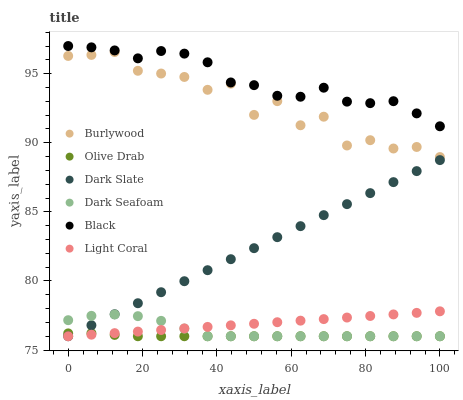
| xaxis_label | Burlywood | Olive Drab | Dark Slate | Dark Seafoam | Black | Light Coral |
 | --- | --- | --- | --- | --- | --- | --- |
 | 0 | 96.3 | 76.2 | 76 | 77.2 | 97 | 76 |
 | 6.25 | 96.4 | 76.2 | 76.8 | 77.5 | 96.9 | 76.1 |
 | 12.5 | 96.6 | 76.1 | 77.6 | 77.6 | 96.7 | 76.2 |
 | 18.8 | 95.2 | 76 | 78.4 | 77.5 | 96.1 | 76.3 |
 | 25 | 95 | 76 | 79.2 | 77.1 | 96.6 | 76.5 |
 | 31.2 | 94.8 | 76 | 80 | 76.6 | 96.4 | 76.6 |
 | 37.5 | 93.8 | 76 | 80.8 | 76 | 95.8 | 76.7 |
 | 43.8 | 94.3 | 76 | 81.6 | 76 | 94.4 | 76.8 |
 | 50 | 92 | 76 | 82.4 | 76 | 94.2 | 76.9 |
 | 56.2 | 93 | 76 | 83.2 | 76 | 93.4 | 77 |
 | 62.5 | 91.3 | 76 | 84 | 76 | 93.3 | 77.1 |
 | 68.8 | 91.9 | 76 | 84.8 | 76 | 94 | 77.2 |
 | 75 | 89.8 | 76 | 85.6 | 76 | 93 | 77.4 |
 | 81.2 | 90.2 | 76 | 86.4 | 76 | 92.9 | 77.5 |
 | 87.5 | 89.6 | 76 | 87.2 | 76 | 93 | 77.6 |
 | 93.8 | 89.7 | 76 | 87.9 | 76 | 92.1 | 77.7 |
 | 100 | 89 | 76 | 88.7 | 76 | 91.2 | 77.8 |